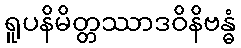
ရူပနိမိတ္တဿာဒဝိနိဗန္ဓံ